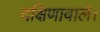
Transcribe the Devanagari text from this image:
दक्षिणावाले।